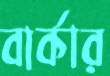
বার্কার